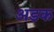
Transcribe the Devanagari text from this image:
अडक